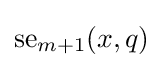
{\text{se}}_{m+1}(x,q)